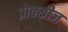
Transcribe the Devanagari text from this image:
प्रोक्सीज